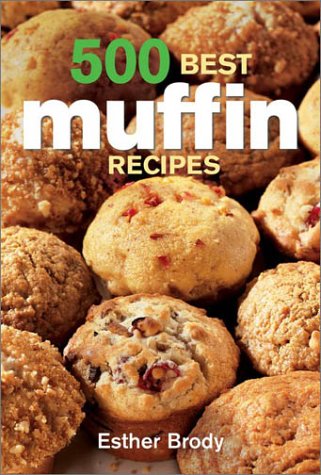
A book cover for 500 Best Muffin Recipes; Esther Brody; Cookbooks, Food & Wine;